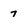
Character: 7